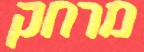
מרחק